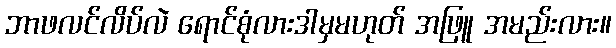
ဘာဖလင်လိပ်လဲ ရောင်စုံလားဒါမှမဟုတ် အဖြူ အမည်းလား။